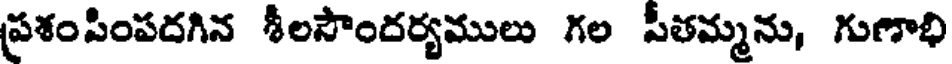
ప్రశంసింపదగిన శీలసౌందర్యములు గల సీతమ్మను, గుణాభి